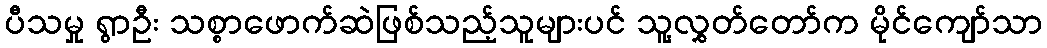
ပီသမှု ရွာဦး သစ္စာဖောက်ဆဲဖြစ်သည့်သူများပင် သူ့လွှတ်တော်က မိုင်ကျော်သာ